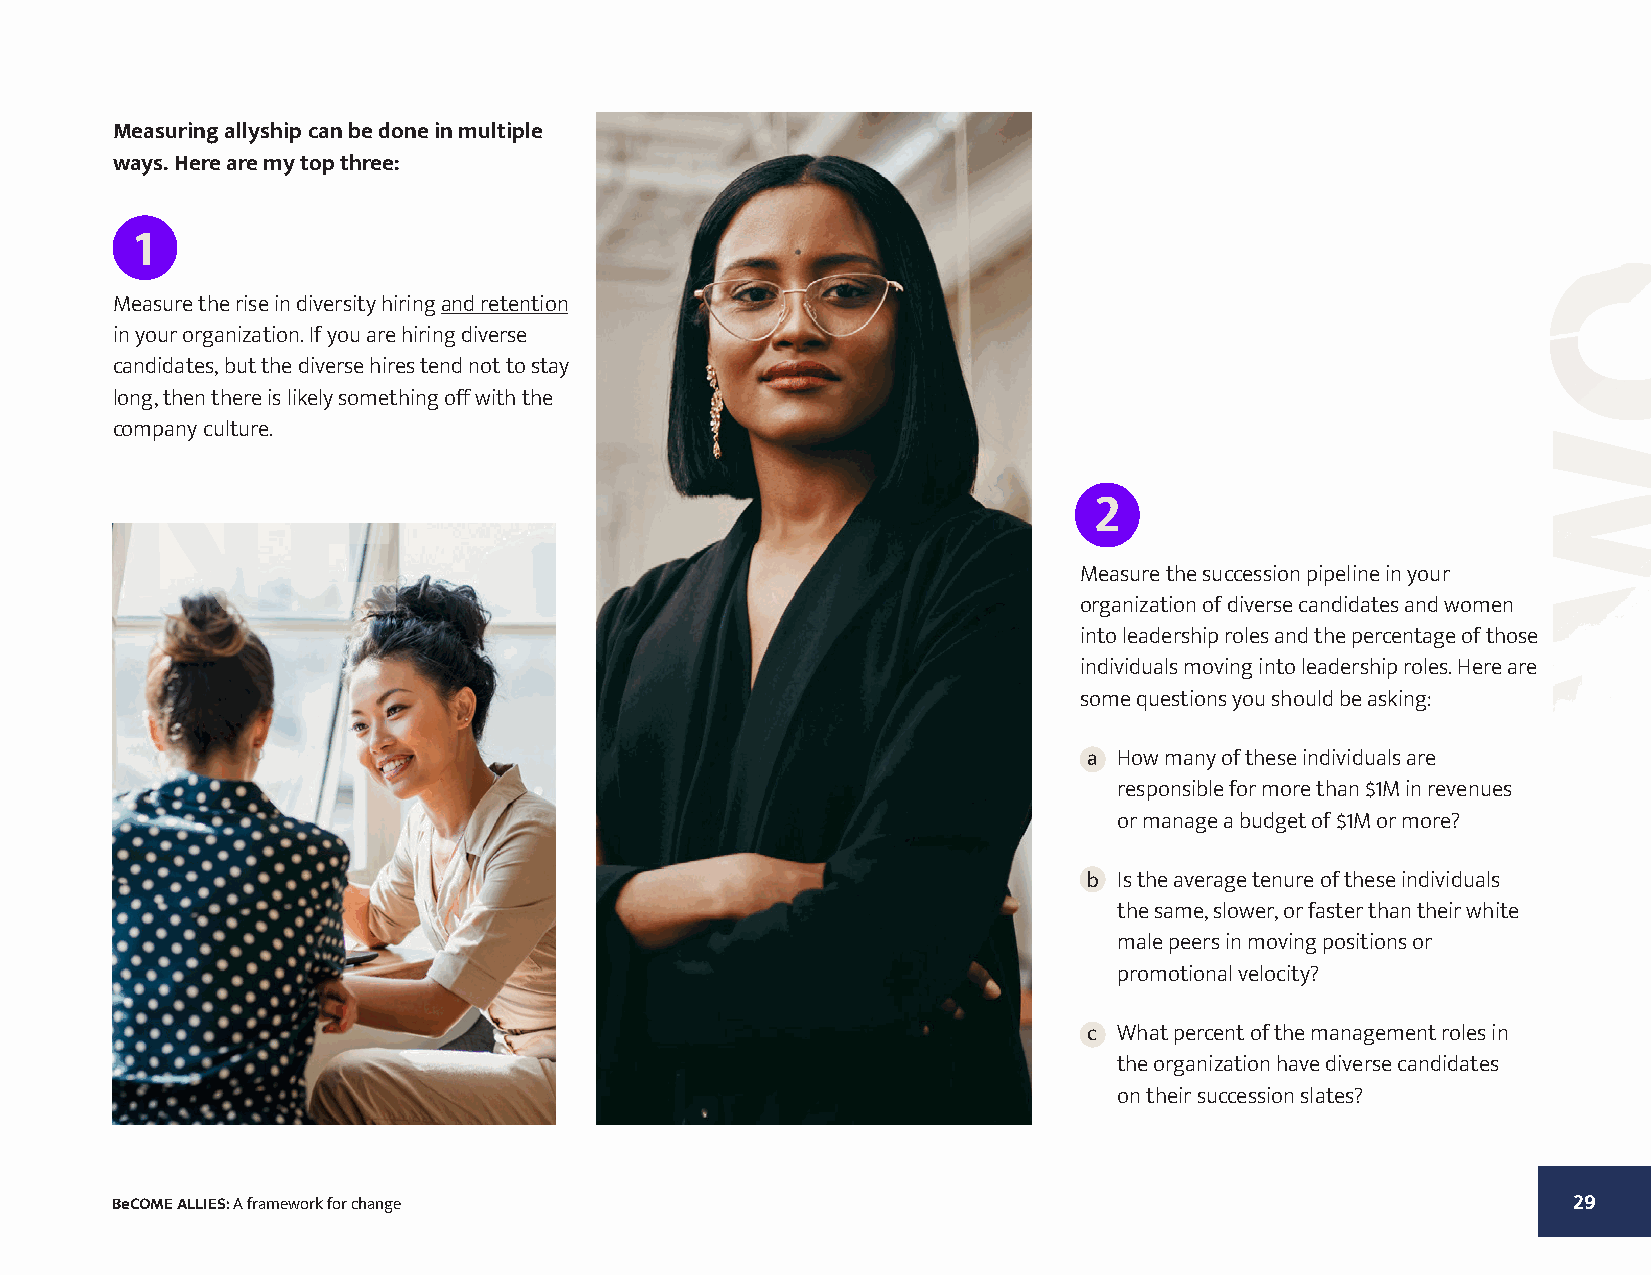
Measuring allyship can be done in multiple
 ways. Here are my top three:
 1
 Measure the rise in diversity hiring and retention
 in your organization. If you are hiring diverse
 candidates, but the diverse hires tend not to stay
 long, then there is likely something off with the
 company culture.
 2
 ONE
 Measure the succession pipeline in your
 organization of diverse candidates and women
 into leadership roles and the percentage of those
 individuals moving into leadership roles. Here are
 some questions you should be asking:
 a How many of these individuals are
 responsible for more than $1M in revenues
 or manage a budget of $1M or more?
 b Is the average tenure of these individuals
 the same, slower, or faster than their white
 male peers in moving positions or
 promotional velocity?
 c What percent of the management roles in
 the organization have diverse candidates
 on their succession slates?
 BeCOME ALLIES: A framework for change                                                            29
 OWT